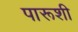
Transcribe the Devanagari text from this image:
पारूशी